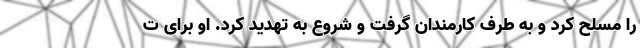
را مسلح کرد و به طرف کارمندان گرفت و شروع به تهدید کرد. او برای ت